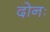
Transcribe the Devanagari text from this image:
दोनः